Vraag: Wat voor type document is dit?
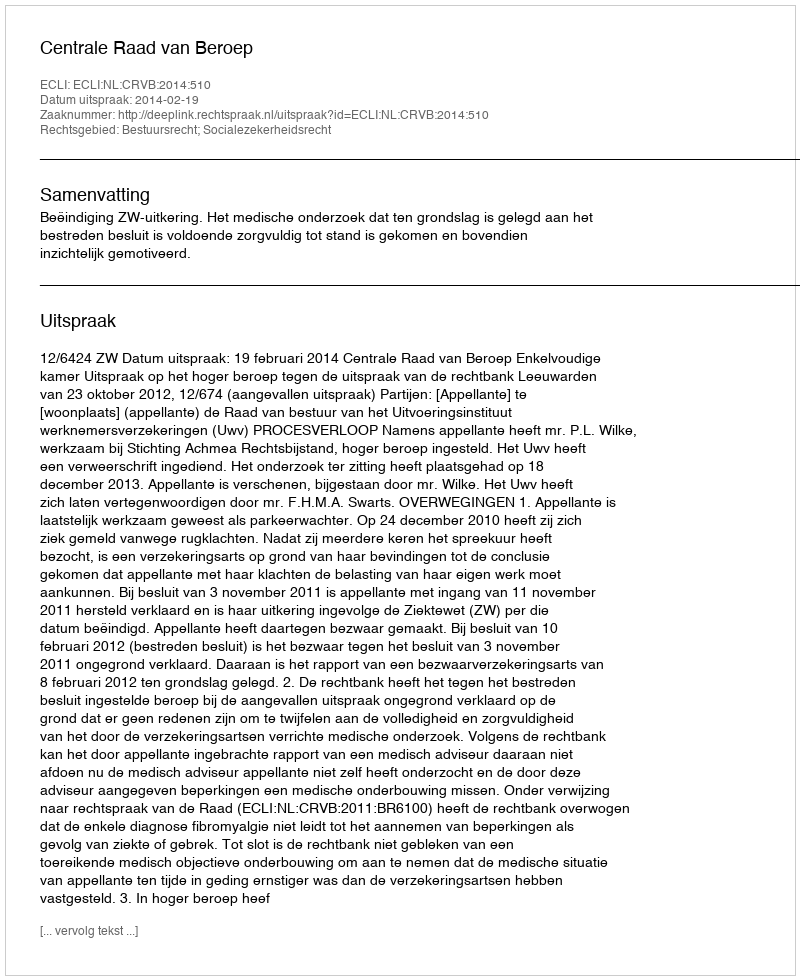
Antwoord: Uitspraak